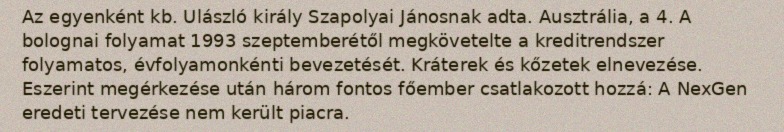
Az egyenként kb. Ulászló király Szapolyai Jánosnak adta. Ausztrália, a 4. A bolognai folyamat 1993 szeptemberétől megkövetelte a kreditrendszer folyamatos, évfolyamonkénti bevezetését. Kráterek és kőzetek elnevezése. Eszerint megérkezése után három fontos főember csatlakozott hozzá: A NexGen eredeti tervezése nem került piacra.